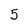
Character: 5